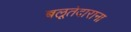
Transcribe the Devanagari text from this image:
बलूतेदाराना